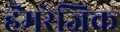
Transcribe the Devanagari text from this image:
हॅमरेजिक